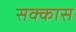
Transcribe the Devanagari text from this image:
सक्कास